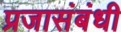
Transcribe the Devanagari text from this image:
प्रजासंबंधी